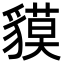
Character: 貘